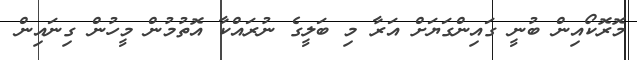
މޮރޮކޯއިން ބުނީ ގައިންގަޔަށް އަރާ މި ބަލީގެ ނުރައްކާ އޮތުމުން މީހުން ގިނައިން